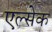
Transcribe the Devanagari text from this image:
एल्सेक